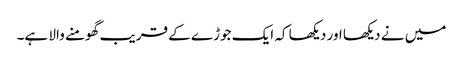
میں نے دیکھا اور دیکھا کہ ایک جوڑے کے قریب گھومنے والا ہے۔